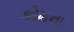
કોમના